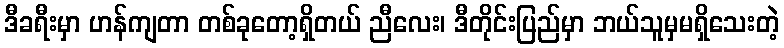
ဒီခရီးမှာ ဟန်ကျတာ တစ်ခုတော့ရှိတယ် ညီလေး၊ ဒီတိုင်းပြည်မှာ ဘယ်သူမှမရှိသေးတဲ့